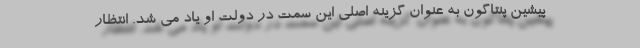
پیشین پنتاگون به عنوان گزینه اصلی این سمت در دولت او یاد می شد. انتظار